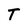
Character: T